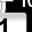
Digit: 1